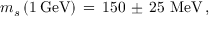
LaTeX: m _ { s } \, ( 1 \, \mathrm { G e V } ) \, = \, 1 5 0 \, \pm \, 2 5 \, \, \mathrm { M e V } \, ,